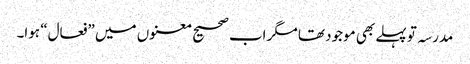
مدرسہ تو پہلے بھی موجود تھا مگر اب صحیح معنوں میں ”فعال“ ہوا۔